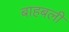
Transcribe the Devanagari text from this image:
बाहबली